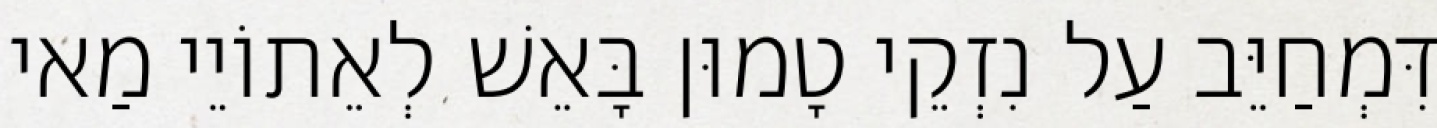
דִּמְחַיֵּב עַל נִזְקֵי טָמוּן בָּאֵשׁ לְאֵתוֹיֵי מַאי